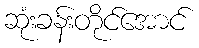
ဆုံးခန်းတိုင်အောင်